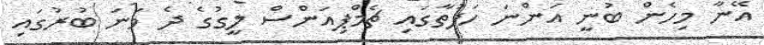
އޭނާ މިހެން ބުނީ އަންނަ ހަފުތާގައި ޗެމްޕިއަންސް ލީގުގެ ދެ ވަނަ ބުރުގައި